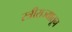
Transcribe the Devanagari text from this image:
स्त्रीराज्यातून